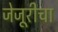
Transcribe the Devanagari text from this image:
जेजूरीचा